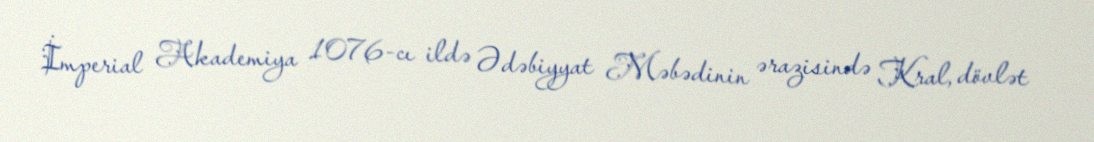
İmperial Akademiya 1076-cı ildə Ədəbiyyat Məbədinin ərazisində Kral, dövlət